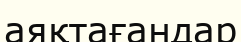
аяқтағандар